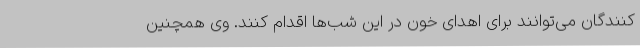
کنندگان می‌توانند برای اهدا‌ی خون در این شب‌ها اقدام کنند. وی همچنین